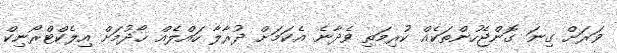
ވަރަށް ގިނަ ގޮންޖެހުންތަކެއް ކުރިމަތި ވެދާނެ. އެކަމަށް ދުރާލާ ހައްލެއް ހޯދުމަށް އިލެކްޓްރޯނިކް